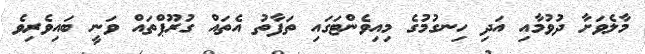
މާލެވަށާ ދުވުމާއި އަދި ހިނގުމުގެ މިއިވެންޓަގައި ތަފާތު އެތައް ގުރޫޕްތައް ވަނީ ބައިވެރިވެ